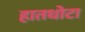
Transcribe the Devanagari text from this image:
हातधोटा